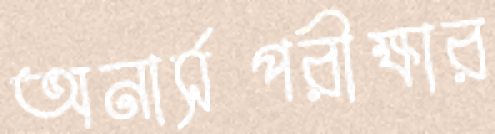
অনার্সপরীক্ষার